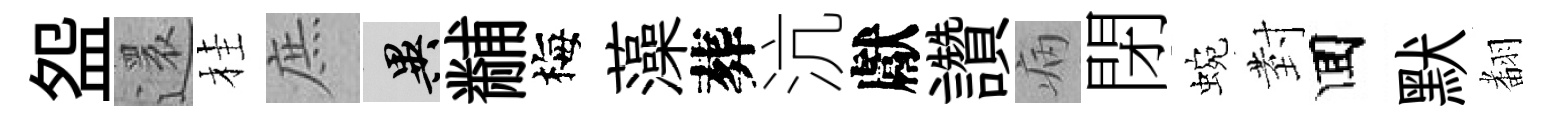
盌還桂庶异黼梅藻葬沆獻讚病閉蜿𭔹囬默𮋒